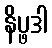
နိပ္ဖဒါ